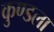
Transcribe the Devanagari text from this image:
कुण्डला